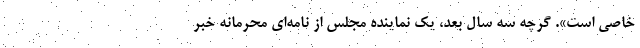
خاصی است». گرچه سه سال بعد، یک نماینده مجلس از نامه‌ای محرمانه خبر